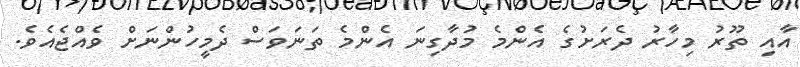
އާއި ތޫރު މިހާރު ދެރަށުގެ އެންމެ މުދާގިނަ އެންމެ ތަނަވަސް ދެމީހުންނަށް ވެއްޖެއެވެ.